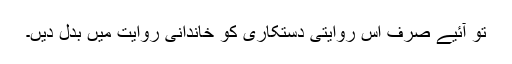
تو آئیے صرف اس روایتی دستکاری کو خاندانی روایت میں بدل دیں۔